Civil Veterinary Dept. Bombay admin report 1893-99 - 1893-1899
Year: 1893
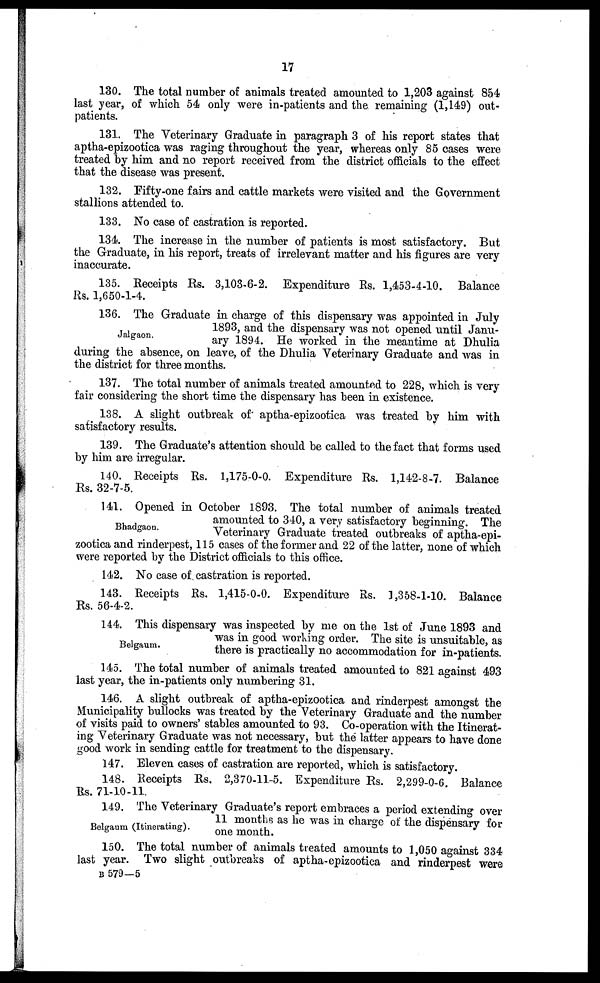
17
130. The total number of animals treated amounted to 1,203 against 854
last year, of which 54 only were in-patients and the remaining (1,149) out-
patients.
131. The Veterinary Graduate in paragraph 3 of his report states that
aptha-epizootica was raging throughout the year, whereas only 85 cases were
treated by him and no report received from the district officials to the effect
that the disease was present.
132. Fifty-one fairs and cattle markets were visited and the Government
stallions attended to.
133. No case of castration is reported.
134. The increase in the number of patients is most satisfactory. But
the Graduate, in his report, treats of irrelevant matter and his figures are very
inaccurate.
135. Receipts Rs. 3,103-6-2. Expenditure Rs. 1,453-4-10. Balance
Rs. 1,650-1-4.
Jalgaon.
136. The Graduate in charge of this dispensary was appointed in July
1893, and the dispensary was not opened until Janu-
ary 1894. He worked in the meantime at Dhulia
during the absence, on leave, of the Dhulia Veterinary Graduate and was in
the district for three months.
137. The total number of animals treated amounted to 228, which is very
fair considering the short time the dispensary has been in existence.
138. A slight outbreak of aptha-epizootica was treated by him with
satisfactory results.
139. The Graduate's attention should be called to the fact that forms used
by him are irregular.
140. Receipts Rs. 1,175-0-0. Expenditure Rs. 1,142-8-7. Balance
Rs. 32-7-5.
Bhadgaon.
141. Opened in October 1893. The total number of animals treated
amounted to 340, a very satisfactory beginning. The
Veterinary Graduate treated outbreaks of aptha-epi-
zootica and rinderpest, 115 cases of the former and 22 of the latter, none of which
were reported by the District officials to this office.
142. No case of castration is reported.
143. Receipts Rs. 1,415-0-0. Expenditure Rs. 1,358-1-10. Balance
Rs. 56-4-2.
Belgaum.
144. This dispensary was inspected by me on the 1st of June 1893 and
was in good working order. The site is unsuitable, as
there is practically no accommodation for in-patients.
145. The total number of animals treated amounted to 821 against 493
last year, the in-patients only numbering 31.
146. A slight outbreak of aptha-epizootica and rinderpest amongst the
Municipality bullocks was treated by the Veterinary Graduate and the number
of visits paid to owners' stables amounted to 93. Co-operation with the Itinerat-
ing Veterinary Graduate was not necessary, but the latter appears to have done
good work in sending cattle for treatment to the dispensary.
147. Eleven cases of castration are reported, which is satisfactory.
148. Receipts Rs. 2,370-11-5. Expenditure Rs. 2,299-0-6. Balance
Rs. 71-10-11.
Belgaum (Itinerating).
149. The Veterinary Graduate's report embraces a period extending over
11 months as he was in charge of the dispensary for
one month.
150. The total number of animals treated amounts to 1,050 against 334
last year. Two slight outbreaks of aptha-epizootica and rinderpest were
B 579—5